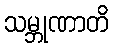
သမ္ဘုဏာတိ